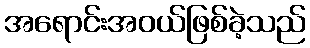
အရောင်းအဝယ်ဖြစ်ခဲ့သည်